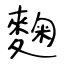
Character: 麴